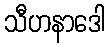
သီဟနာဒေါ